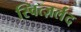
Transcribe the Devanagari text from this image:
स्वित्ज़र्लंद